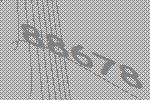
88678